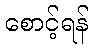
စောင့်ရန်